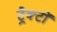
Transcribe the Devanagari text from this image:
ट्रैक्टों